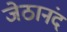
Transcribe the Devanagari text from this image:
जेठानंद